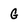
Character: G